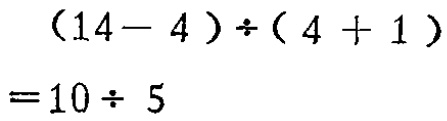
\((14 - 4)\div(4 + 1)=10\div 5\)